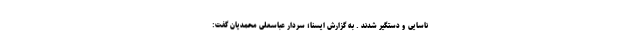
ناسایی و دستگیر شدند . به گزارش ایسنا؛ سردار عباسعلی محمدیان گفت: